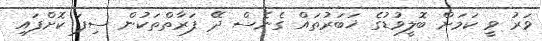
ވަރު ވީ ކަމަށް ބޮލީވުޑުގެ ޚަބަރުތައް ގެނެސް ދޭ ފަރާތްތަކުން ސިފަ ކޮށްފައި